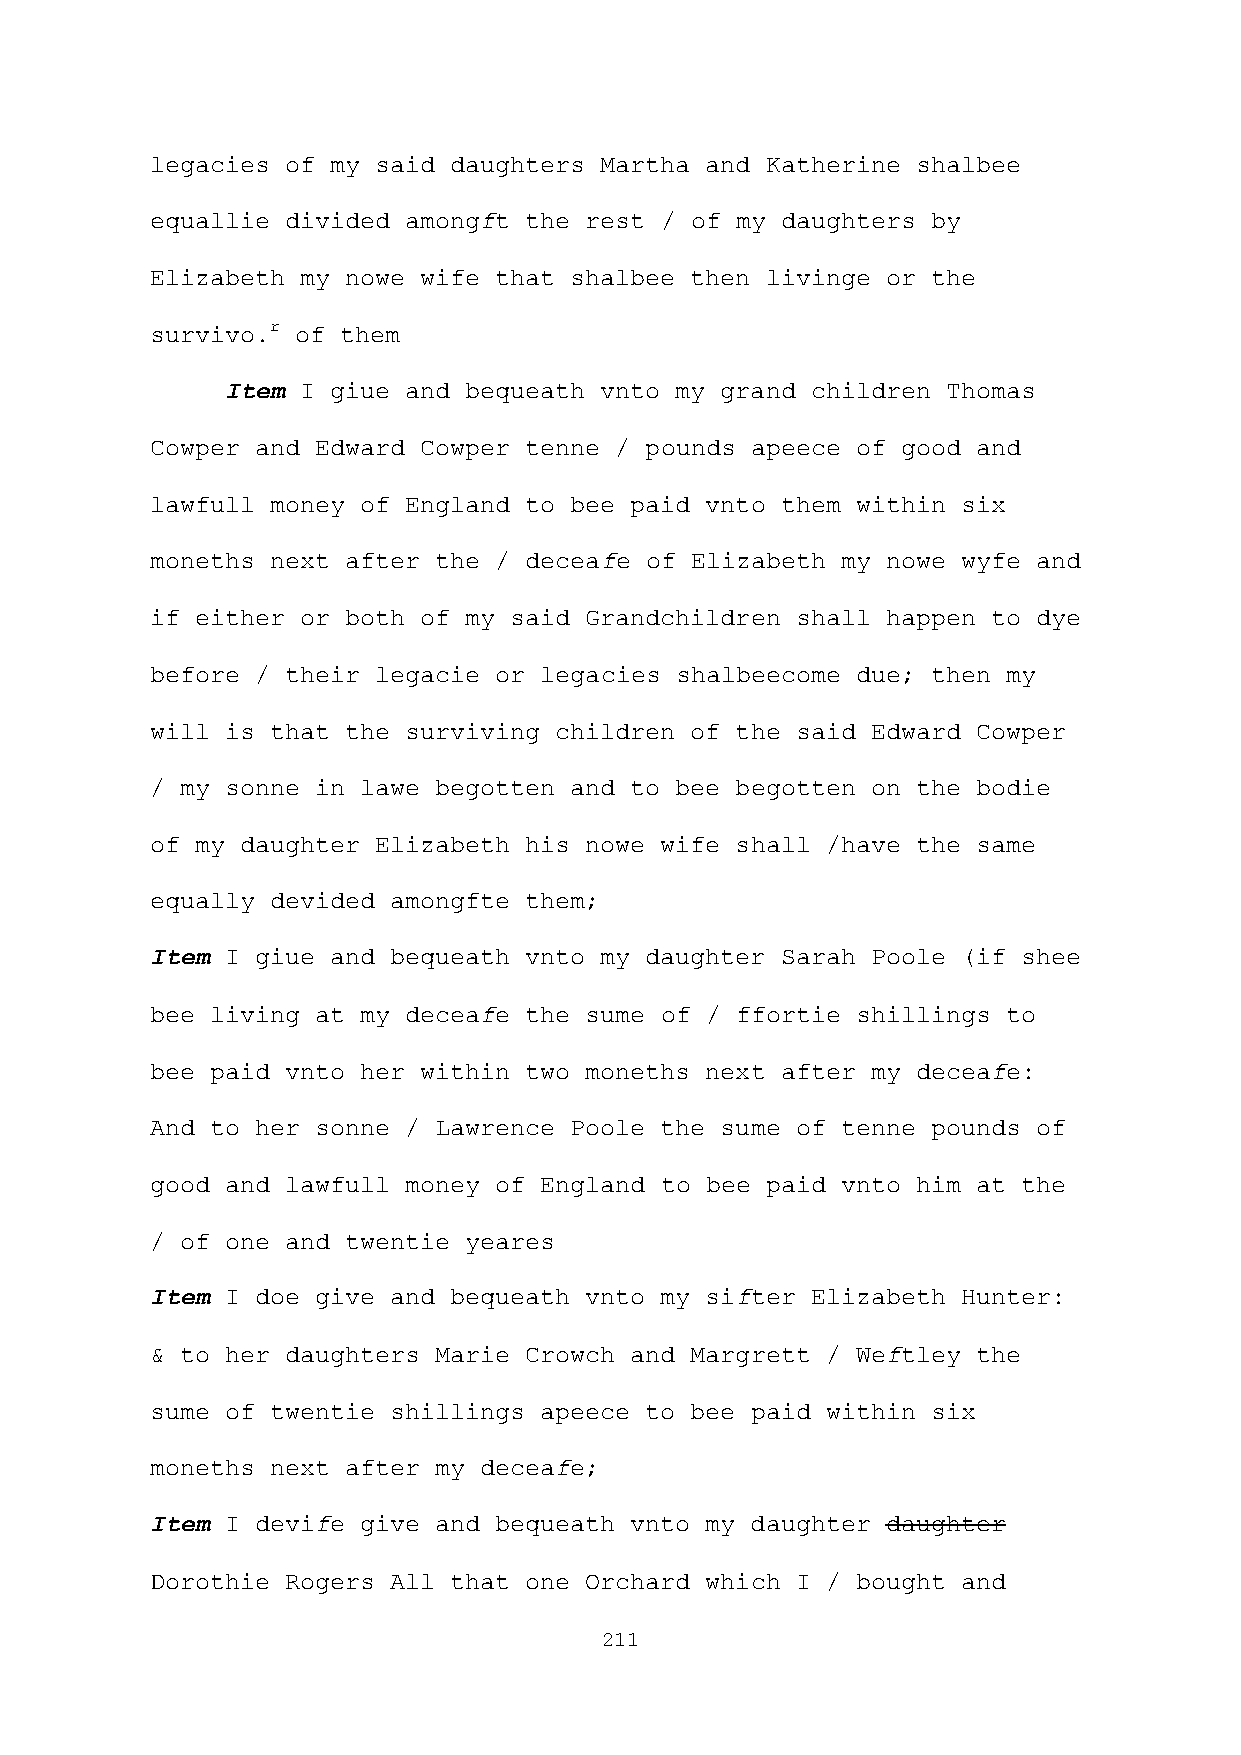
legacies of my said daughters Martha and Katherine shalbee
 equallie divided amongft the rest / of my daughters by
 Elizabeth my nowe wife that shalbee then livinge or the
 survivo.r of them
 Item I giue and bequeath vnto my grand children Thomas
 Cowper and Edward Cowper tenne / pounds apeece of good and
 lawfull money of England to bee paid vnto them within six
 moneths next after the / deceafe of Elizabeth my nowe wyfe and
 if either or both of my said Grandchildren shall happen to dye
 before / their legacie or legacies shalbeecome due; then my
 will is that the surviving children of the said Edward Cowper
 / my sonne in lawe begotten and to bee begotten on the bodie
 of my daughter Elizabeth his nowe wife shall /have the same
 equally devided amongfte them;
 Item I giue and bequeath vnto my daughter Sarah Poole (if shee
 bee living at my deceafe the sume of / ffortie shillings to
 bee paid vnto her within two moneths next after my deceafe:
 And to her sonne / Lawrence Poole the sume of tenne pounds of
 good and lawfull money of England to bee paid vnto him at the
 / of one and twentie yeares
 Item I doe give and bequeath vnto my sifter Elizabeth Hunter:
 & to her daughters Marie Crowch and Margrett / Weftley the
 sume of twentie shillings apeece to bee paid within six
 moneths next after my deceafe;
 Item I devife give and bequeath vnto my daughter daughter
 Dorothie Rogers All that one Orchard which I / bought and
 211